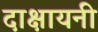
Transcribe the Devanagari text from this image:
दाक्षायनी